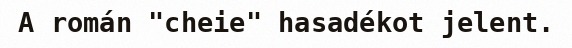
A román "cheie" hasadékot jelent.